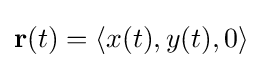
{\bf {r}}(t)=\langle x(t),y(t),0\rangle